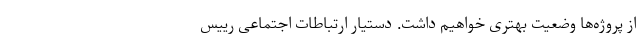
از پروژه‌ها وضعیت بهتری خواهیم داشت. دستیار ارتباطات اجتماعی رییس